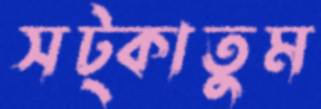
সট্‌কাতুম